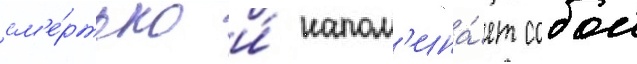
см'е́ртью и́ напом'ина́ет собои